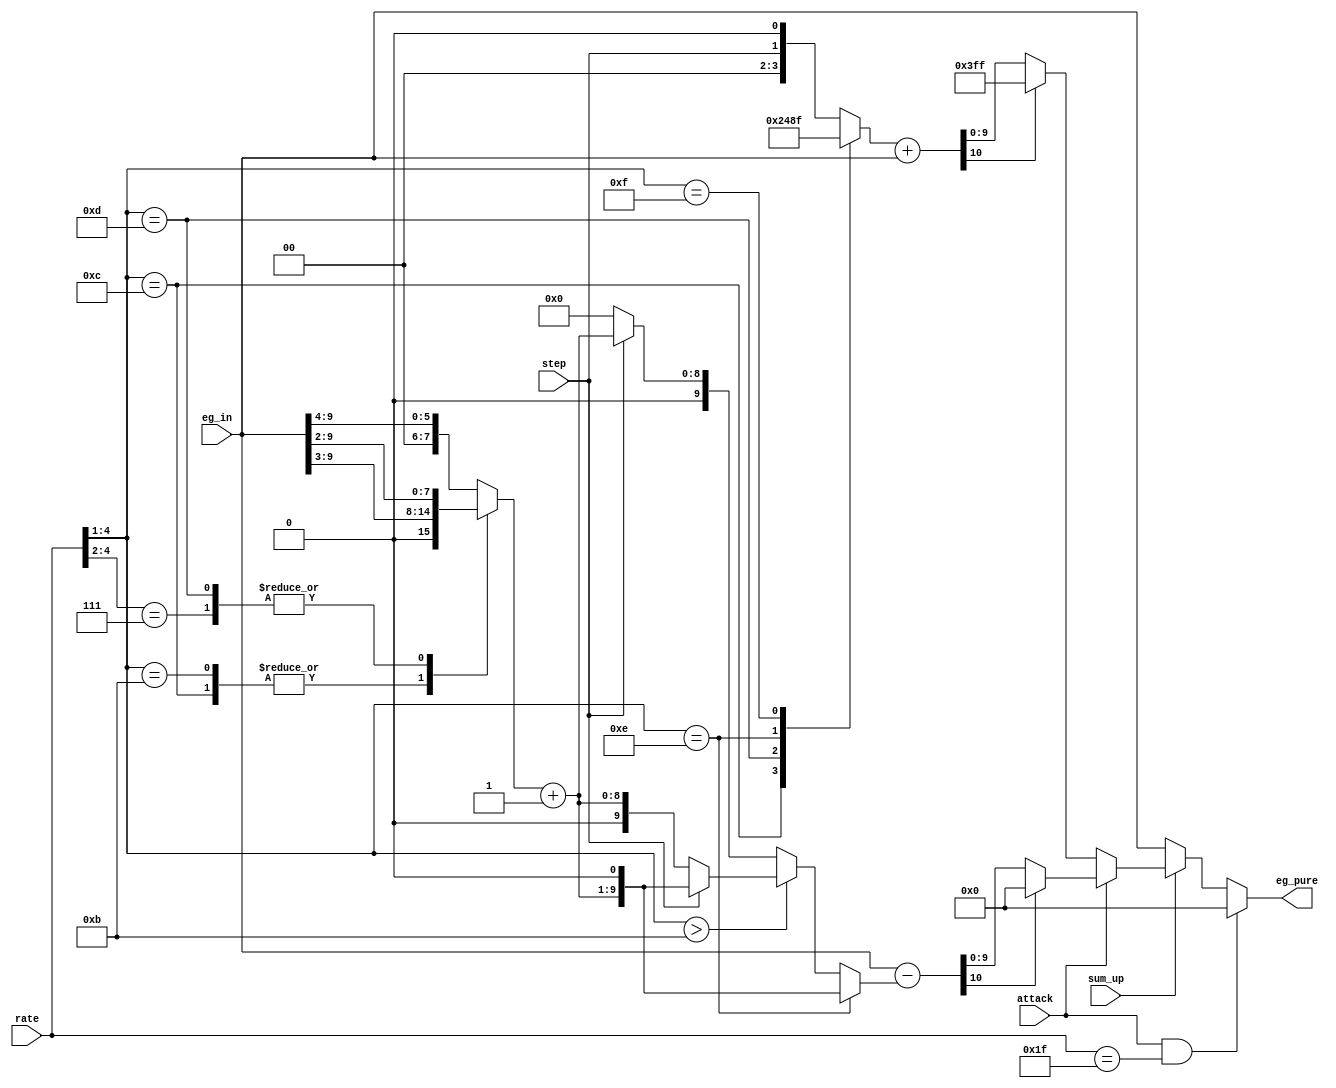
/*  This file is part of JTOPL.

    JTOPL is free software: you can redistribute it and/or modify
    it under the terms of the GNU General Public License as published by
    the Free Software Foundation, either version 3 of the License, or
    (at your option) any later version.

    JTOPL is distributed in the hope that it will be useful,
    but WITHOUT ANY WARRANTY; without even the implied warranty of
    MERCHANTABILITY or FITNESS FOR A PARTICULAR PURPOSE.  See the
    GNU General Public License for more details.

    You should have received a copy of the GNU General Public License
    along with JTOPL.  If not, see <http://www.gnu.org/licenses/>.

    Author: Jose Tejada Gomez. Twitter: @topapate
    Version: 1.0
    Date: 17-6-2020

    */

module jtopl_eg_pure(
    input           attack,
    input           step,
    input [ 5:1]    rate,
    input [ 9:0]    eg_in,
    input           sum_up,
    output reg  [9:0] eg_pure
);

reg [ 3:0]  dr_sum;
reg [ 9:0]  dr_adj;
reg [10:0]  dr_result;

always @(*) begin : dr_calculation
    case( rate[5:2] )
        4'b1100: dr_sum = 4'h2; // 12
        4'b1101: dr_sum = 4'h4; // 13
        4'b1110: dr_sum = 4'h8; // 14
        4'b1111: dr_sum = 4'hf;// 15
        default: dr_sum = { 2'b0, step, 1'b0 };
    endcase
    // Decay rate attenuation is multiplied by 4 for SSG operation
    dr_adj    = {6'd0, dr_sum};
    dr_result = dr_adj + eg_in;
end

reg [ 7:0] ar_sum0;
reg [ 8:0] ar_sum1;
reg [10:0] ar_result;
reg [ 9:0] ar_sum;

always @(*) begin : ar_calculation
    casez( rate[5:2] )
        default: ar_sum0 = {2'd0, eg_in[9:4]};
        4'b1011, 4'b1100: ar_sum0 = {1'd0, eg_in[9:3]}; // 'hb
        // 4'b1101: ar_sum0 = {1'd0, eg_in[9:3]}; // 'hd
        // 4'b111?: ar_sum0 = eg_in[9:2];         // 'he/f
        4'b1101, 4'b111?: ar_sum0 = eg_in[9:2];         // 'he/f
    endcase
    ar_sum1 = ar_sum0+9'd1;
    if( rate[5:2] == 4'he )
        ar_sum = { ar_sum1, 1'b0 };
    else if( rate[5:2] > 4'hb )
        ar_sum = step ? { ar_sum1, 1'b0 } : { 1'b0, ar_sum1 }; // adds ar_sum1*3/2 max
    // else if( rate[5:2] == 4'hb )
    //     ar_sum = step ? { ar_sum1, 1'b0 } : 10'd0; // adds ar_sum1 max
    else
        ar_sum = step ? { 1'b0, ar_sum1 } : 10'd0; // adds ar_sum1/2 max
    ar_result = eg_in-ar_sum;
end

///////////////////////////////////////////////////////////
// rate not used below this point
reg [9:0] eg_pre_fastar; // pre fast attack rate
always @(*) begin
    if(sum_up) begin
        if( attack  )
            eg_pre_fastar = ar_result[10] ? 10'd0: ar_result[9:0];
        else 
            eg_pre_fastar = dr_result[10] ? 10'h3FF : dr_result[9:0];
    end
    else eg_pre_fastar = eg_in;
    eg_pure = (attack&rate[5:1]==5'h1F) ? 10'd0 : eg_pre_fastar;
end

endmodule